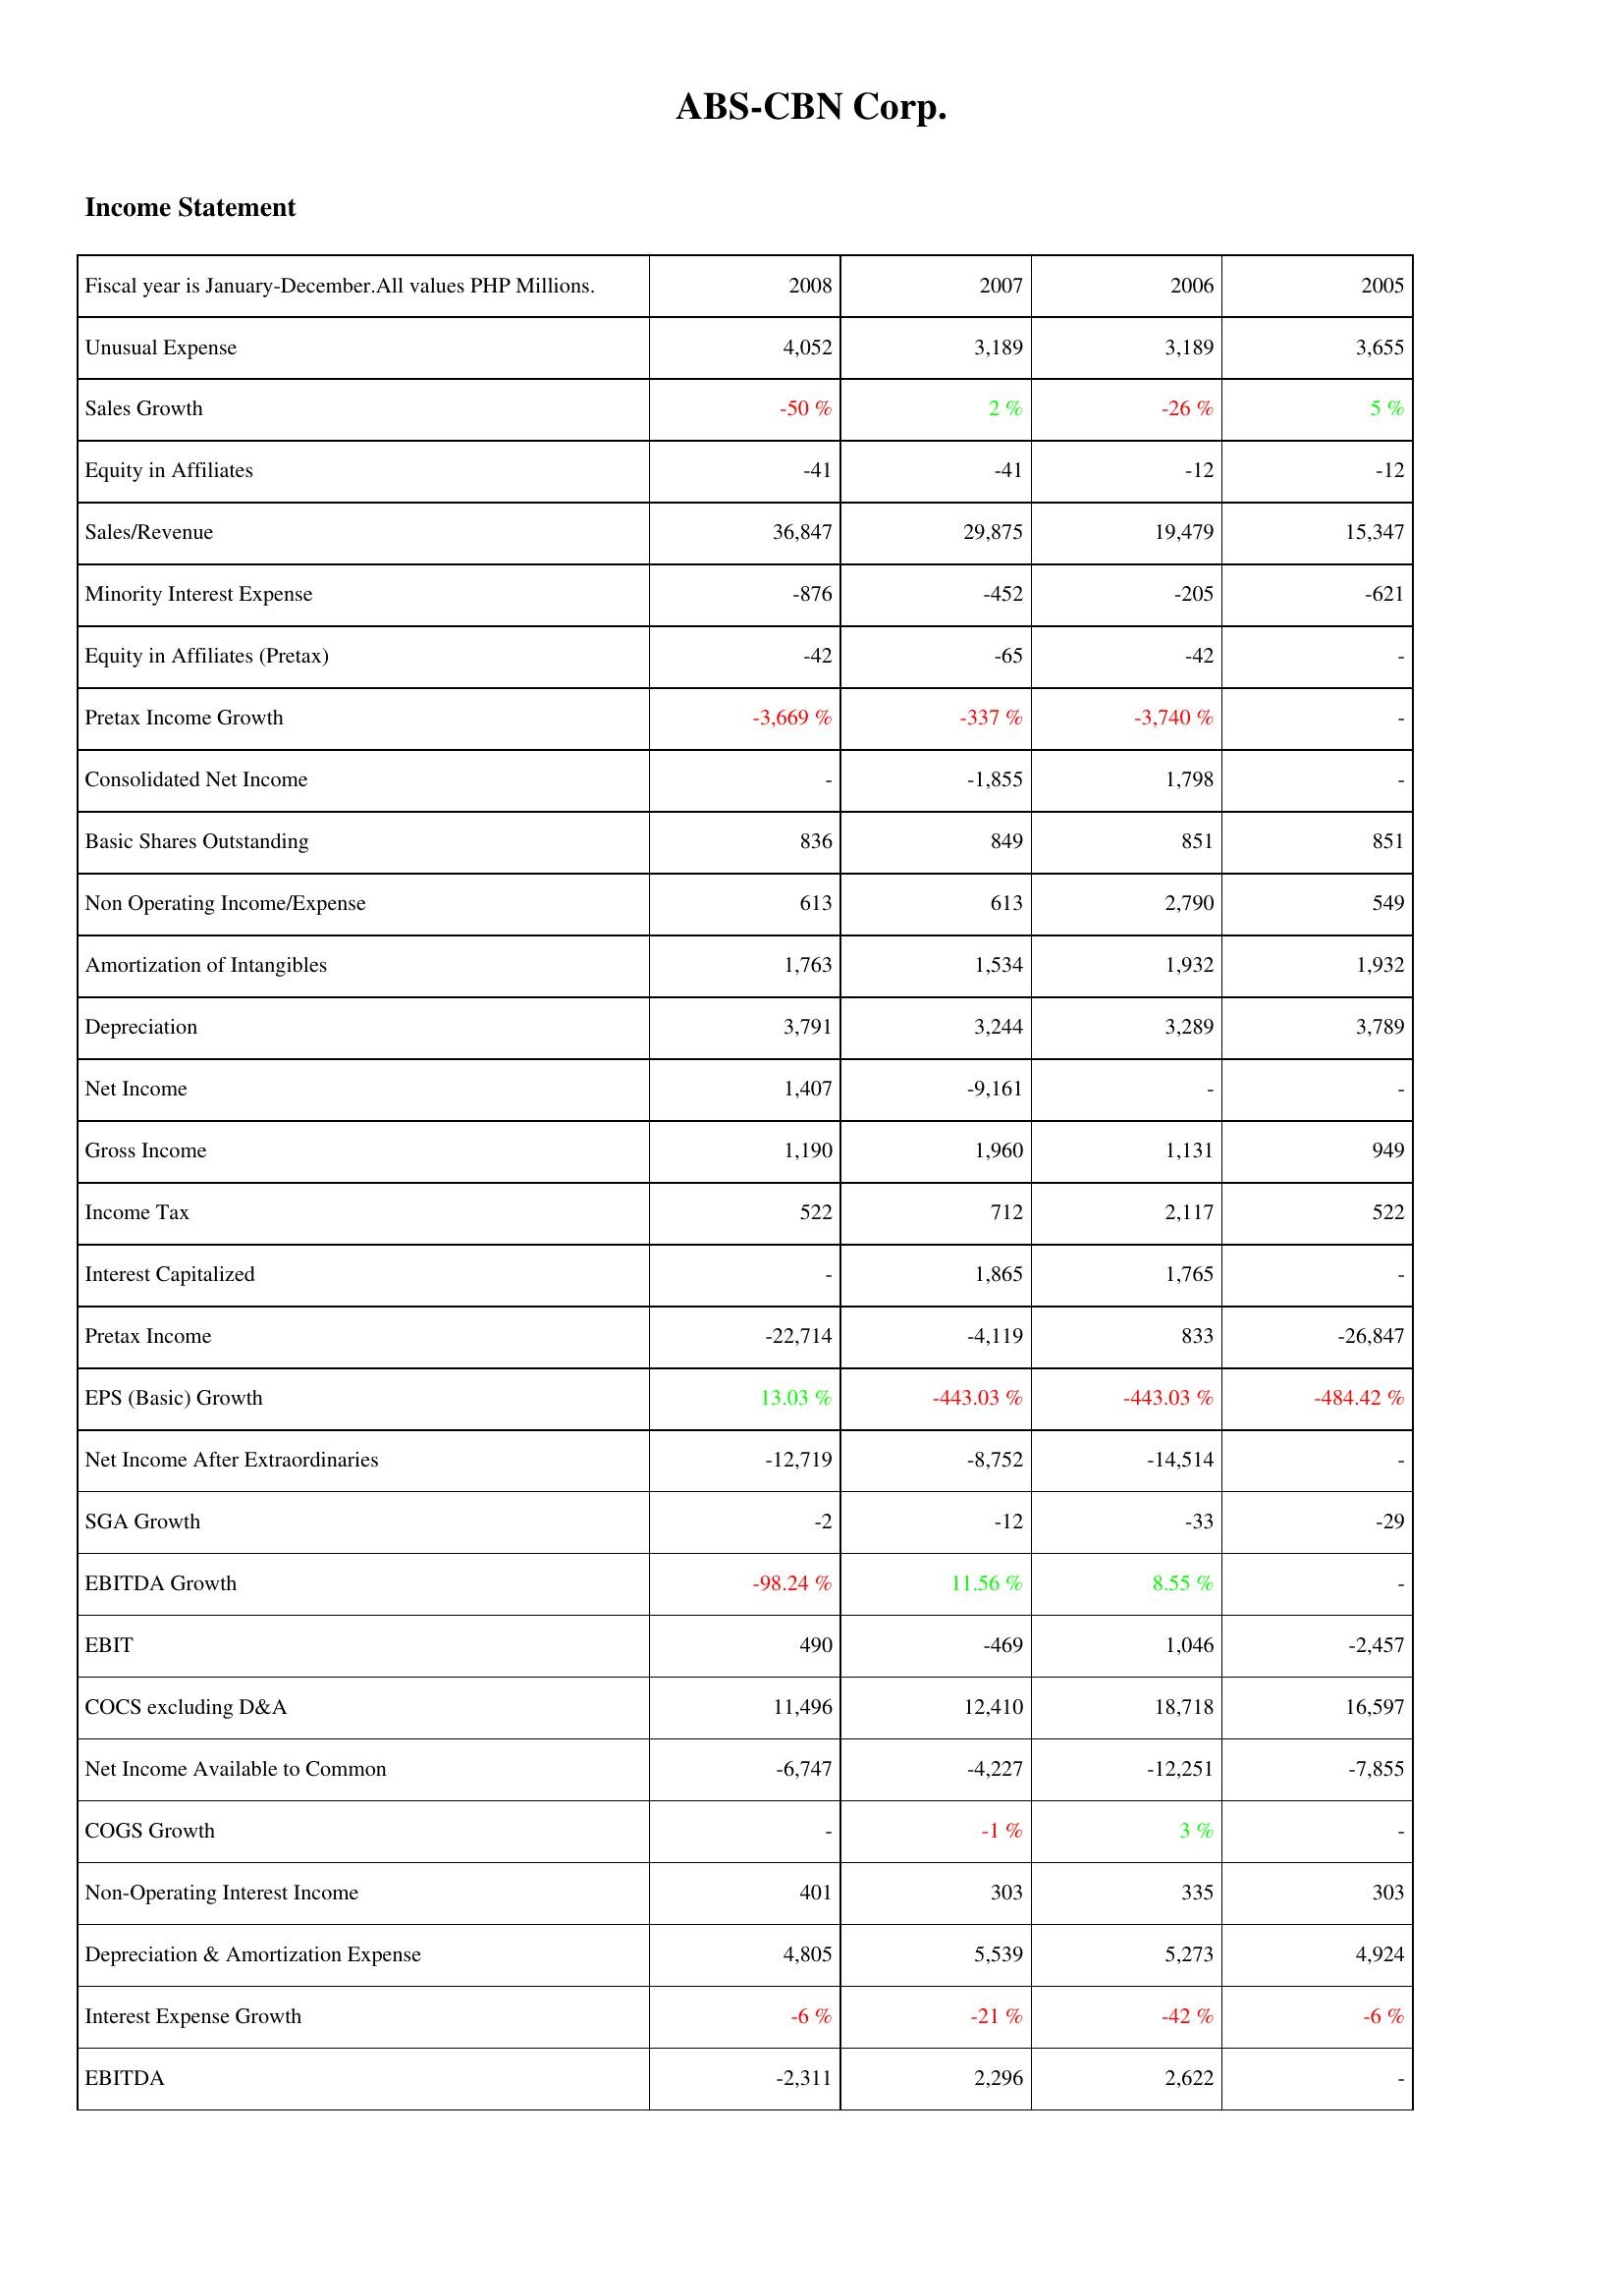
2008: Income Statement: Unusual Expense: 4,052
Sales Growth: -50 %
Equity in Affiliates: -41
Sales/Revenue: 36,847
Minority Interest Expense: -876
Equity in Affiliates (Pretax): -42
Pretax Income Growth: -3,669 %
Consolidated Net Income: -
Basic Shares Outstanding: 836
Non Operating Income/Expense: 613
Amortization of Intangibles: 1,763
Depreciation: 3,791
Net Income: 1,407
Gross Income: 1,190
Income Tax: 522
Interest Capitalized: -
Pretax Income: -22,714
EPS (Basic) Growth: 13.03 %
Net Income After Extraordinaries: -12,719
SGA Growth: -2
EBITDA Growth: -98.24 %
EBIT: 490
COCS excluding D&A: 11,496
Net Income Available to Common: -6,747
COGS Growth: -
Non-Operating Interest Income: 401
Depreciation & Amortization Expense: 4,805
Interest Expense Growth: -6 %
EBITDA: -2,311
2007: Income Statement: Unusual Expense: 3,189
Sales Growth: 2 %
Equity in Affiliates: -41
Sales/Revenue: 29,875
Minority Interest Expense: -452
Equity in Affiliates (Pretax): -65
Pretax Income Growth: -337 %
Consolidated Net Income: -1,855
Basic Shares Outstanding: 849
Non Operating Income/Expense: 613
Amortization of Intangibles: 1,534
Depreciation: 3,244
Net Income: -9,161
Gross Income: 1,960
Income Tax: 712
Interest Capitalized: 1,865
Pretax Income: -4,119
EPS (Basic) Growth: -443.03 %
Net Income After Extraordinaries: -8,752
SGA Growth: -12
EBITDA Growth: 11.56 %
EBIT: -469
COCS excluding D&A: 12,410
Net Income Available to Common: -4,227
COGS Growth: -1 %
Non-Operating Interest Income: 303
Depreciation & Amortization Expense: 5,539
Interest Expense Growth: -21 %
EBITDA: 2,296
2006: Income Statement: Unusual Expense: 3,189
Sales Growth: -26 %
Equity in Affiliates: -12
Sales/Revenue: 19,479
Minority Interest Expense: -205
Equity in Affiliates (Pretax): -42
Pretax Income Growth: -3,740 %
Consolidated Net Income: 1,798
Basic Shares Outstanding: 851
Non Operating Income/Expense: 2,790
Amortization of Intangibles: 1,932
Depreciation: 3,289
Net Income: -
Gross Income: 1,131
Income Tax: 2,117
Interest Capitalized: 1,765
Pretax Income: 833
EPS (Basic) Growth: -443.03 %
Net Income After Extraordinaries: -14,514
SGA Growth: -33
EBITDA Growth: 8.55 %
EBIT: 1,046
COCS excluding D&A: 18,718
Net Income Available to Common: -12,251
COGS Growth: 3 %
Non-Operating Interest Income: 335
Depreciation & Amortization Expense: 5,273
Interest Expense Growth: -42 %
EBITDA: 2,622
2005: Income Statement: Unusual Expense: 3,655
Sales Growth: 5 %
Equity in Affiliates: -12
Sales/Revenue: 15,347
Minority Interest Expense: -621
Equity in Affiliates (Pretax): -
Pretax Income Growth: -
Consolidated Net Income: -
Basic Shares Outstanding: 851
Non Operating Income/Expense: 549
Amortization of Intangibles: 1,932
Depreciation: 3,789
Net Income: -
Gross Income: 949
Income Tax: 522
Interest Capitalized: -
Pretax Income: -26,847
EPS (Basic) Growth: -484.42 %
Net Income After Extraordinaries: -
SGA Growth: -29
EBITDA Growth: -
EBIT: -2,457
COCS excluding D&A: 16,597
Net Income Available to Common: -7,855
COGS Growth: -
Non-Operating Interest Income: 303
Depreciation & Amortization Expense: 4,924
Interest Expense Growth: -6 %
EBITDA: -